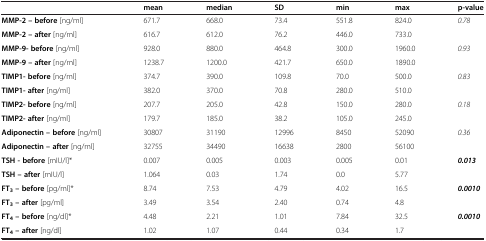
<table><thead><tr><td><b> </b></td><td><b>mean</b></td><td><b>median</b></td><td><b>SD</b></td><td><b>min</b></td><td><b>max</b></td><td><b>p-value</b></td></tr></thead><tbody><tr><td><b>MMP-2 – before</b> [ng/ml]</td><td>671.7</td><td>668.0</td><td>73.4</td><td>551.8</td><td>824.0</td><td rowspan="2"><i>0.78</i></td></tr><tr><td><b>MMP-2 – after</b> [ng/ml]</td><td>616.7</td><td>612.0</td><td>76.2</td><td>446.0</td><td>733.0</td></tr><tr><td><b>MMP-9- before</b> [ng/ml]</td><td>928.0</td><td>880.0</td><td>464.8</td><td>300.0</td><td>1960.0</td><td rowspan="2"><i>0.93</i></td></tr><tr><td><b>MMP-9 – after</b> [ng/ml]</td><td>1238.7</td><td>1200.0</td><td>421.7</td><td>650.0</td><td>1890.0</td></tr><tr><td><b>TIMP1- before</b> [ng/ml]</td><td>374.7</td><td>390.0</td><td>109.8</td><td>70.0</td><td>500.0</td><td rowspan="2"><i>0.83</i></td></tr><tr><td><b>TIMP1- after</b> [ng/ml]</td><td>382.0</td><td>370.0</td><td>70.8</td><td>280.0</td><td>510.0</td></tr><tr><td><b>TIMP2- before</b> [ng/ml]</td><td>207.7</td><td>205.0</td><td>42.8</td><td>150.0</td><td>280.0</td><td rowspan="2"><i>0.18</i></td></tr><tr><td><b>TIMP2- after</b> [ng/ml]</td><td>179.7</td><td>185.0</td><td>38.2</td><td>105.0</td><td>245.0</td></tr><tr><td><b>Adiponectin – before</b> [ng/ml]</td><td>30807</td><td>31190</td><td>12996</td><td>8450</td><td>52090</td><td rowspan="2"><i>0.36</i></td></tr><tr><td><b>Adiponectin – after</b> [ng/ml]</td><td>32755</td><td>34490</td><td>16638</td><td>2800</td><td>56100</td></tr><tr><td><b>TSH - before</b> [mIU/l]*</td><td>0.007</td><td>0.005</td><td>0.003</td><td>0.005</td><td>0.01</td><td rowspan="2"><b><i>0.013</i></b></td></tr><tr><td><b>TSH – after</b> [mIU/l]</td><td>1.064</td><td>0.03</td><td>1.74</td><td>0.0</td><td>5.77</td></tr><tr><td><b>FT</b><sub><b>3</b></sub><b>– before</b> [pg/ml]*</td><td>8.74</td><td>7.53</td><td>4.79</td><td>4.02</td><td>16.5</td><td rowspan="2"><b><i>0.0010</i></b></td></tr><tr><td><b>FT</b><sub><b>3</b></sub><b>– after</b> [pg/ml]</td><td>3.49</td><td>3.54</td><td>2.40</td><td>0.74</td><td>4.8</td></tr><tr><td><b>FT</b><sub><b>4</b></sub><b>– before</b> [ng/dl]*</td><td>4.48</td><td>2.21</td><td>1.01</td><td>7.84</td><td>32.5</td><td><b><i>0.0010</i></b></td></tr><tr><td><b>FT</b><sub><b>4</b></sub><b>– after</b> [ng/dl]</td><td>1.02</td><td>1.07</td><td>0.44</td><td>0.34</td><td>1.7</td><td> </td></tr></tbody></table>